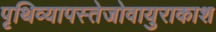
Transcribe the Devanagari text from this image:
पृथिव्यापस्तेजोवायुराकाश